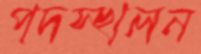
পদস্খলন